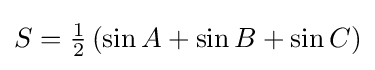
{\textstyle S={\frac {1}{2}}\left(\sin A+\sin B+\sin C\right)}